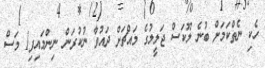
ހެކި ނެތްކަމަށް ބުނެ ލޫކަސް ޖަލީލުގެ މައްޗަށް ދައުވާ ނުކުރަން ނިންމައިފި1 މަސް